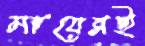
মায়েরই